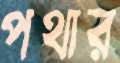
পথার